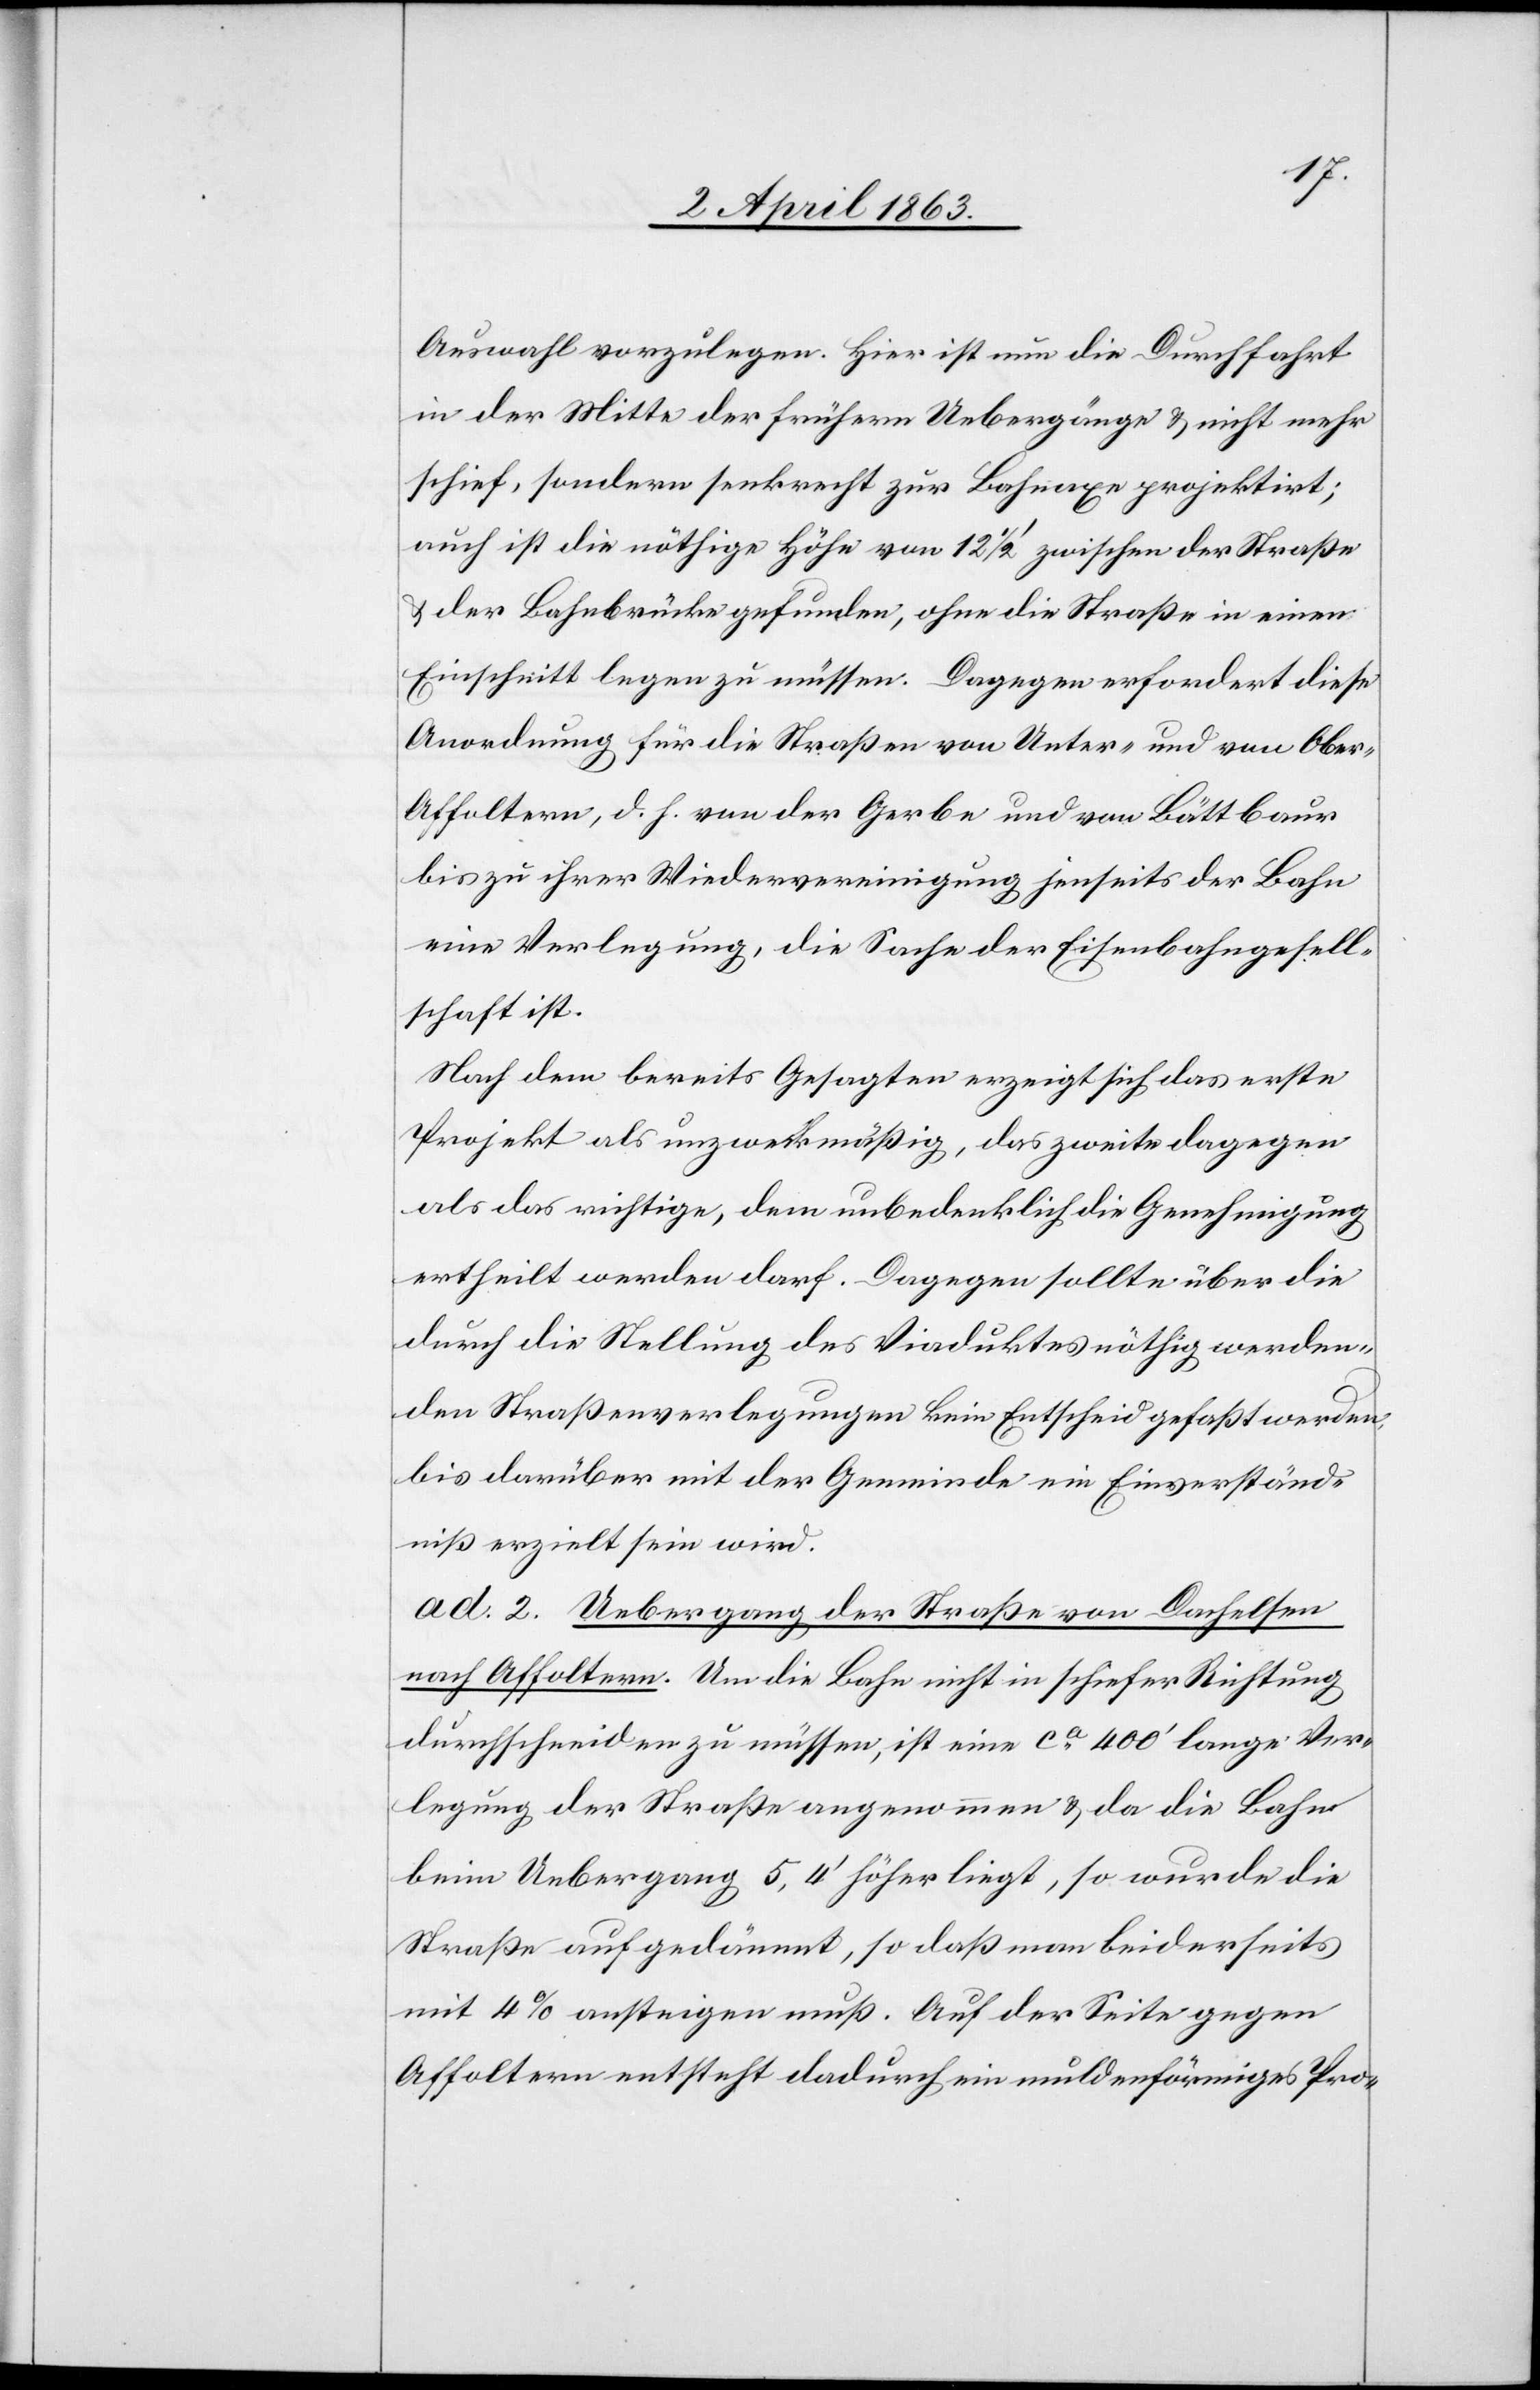
Auswahl vorzulegen. Hier ist nun die Durchfahrt
in der Mitte der frühern Uebergänge & nicht mehr
schief, sondern senkrecht zur Bahnaxe projektirt;
auch ist die nöthige Höhe von 12 1/2' zwischen der Straße
& der Bahnbrücke gefunden, ohne die Straße in einen
Einschnitt legen zu müssen. Dagegen erfordert diese
Anordnung für die Straßen von Unter- und von Obe¬
r-Affoltern, d. h. von der Gerbe und von Bättbaur
bis zu ihrer Wiedervereinigung jenseits der Bahn
eine Verlegung, die Sache der Eisenbahngesell¬
schaft ist.
Nach dem bereits Gesagten erzeigt sich das erste
Projekt als unzweckmäßig, das zweite dagegen
als das richtige, dem unbedenklich die Genehmigung
ertheilt werden darf. Dagegen sollte über die
durch die Stellung des Viaduktes nöthig werden¬
den Straßenverlegungen kein Entscheid gefaßt werden,
bis darüber mit der Gemeinde ein Einverständ¬
niß erzielt sein wird.
ad. 2. Uebergang der Straße von Dachelsen
nach Affoltern. Um die Bahn nicht in schiefer Richtung
durchschneiden zu müssen, ist eine ca 400' lange Ver¬
legung der Straße angenommen & da die Bahn
beim Uebergang 5,4' höher liegt, so wurde die
Straße aufgedämmt, so daß man beiderseits
mit 4% ansteigen muß. Auf der Seite gegen
Affoltern entsteht dadurch ein muldenförmiges Pro-